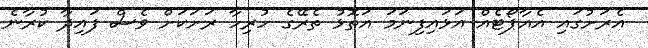
އެރަށުގައި އެއާޕޯޓެއް އަޅައިފިނަމަ އަތޮޅު ތެރޭގެ ހުރިހާ ރަށަކަށް ވެސް ފައިދާ ކުރާނެ